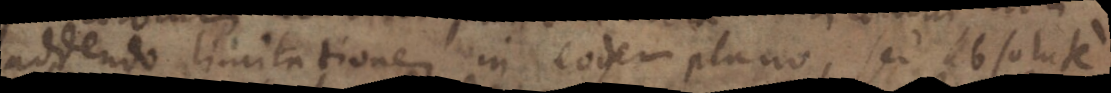
addendo limitationem in eodem plano, sed absolute